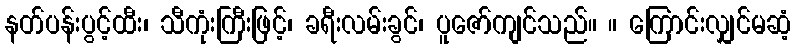
နတ်ပန်းပွင့်ထီး၊ သီကုံးကြီးဖြင့်၊ ခရီးလမ်းခွင်၊ ပူဇော်ကျင်သည်။ ။ ကြောင်းလျှင်မဆံ့